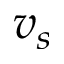
v _ { s }